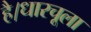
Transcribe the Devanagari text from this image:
है।धारचूला